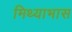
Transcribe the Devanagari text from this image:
मिथ्याभास